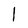
Character: l